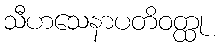
သီဟသေနာပတိဝတ္ထု